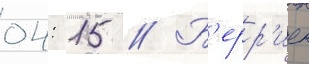
04: 15 // Б'ерр'иен